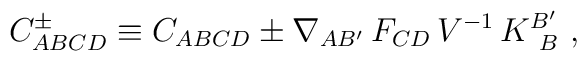
C_{ABCD}^{\pm}  \equiv C_{ABCD} \pm  \nabla_{AB'} \, F_{CD} \,V^{-1} \,K^{B'}_{\ B}  \ ,